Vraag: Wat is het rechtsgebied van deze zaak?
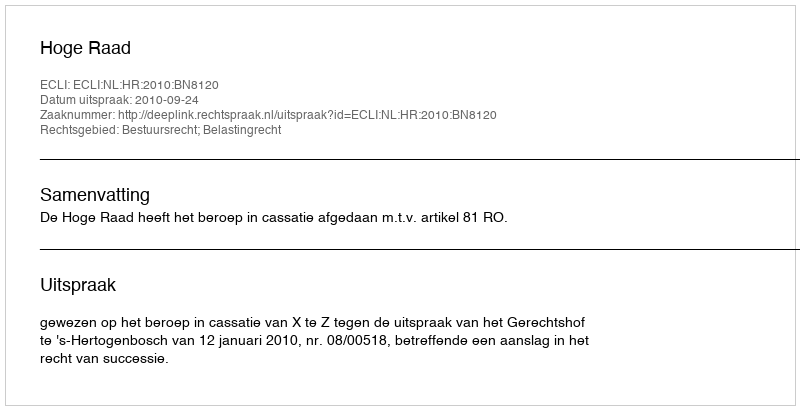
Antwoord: Bestuursrecht; Belastingrecht